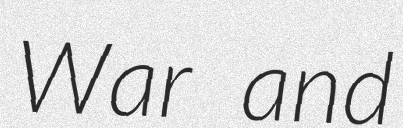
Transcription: War and